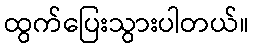
ထွက်ပြေးသွားပါတယ်။